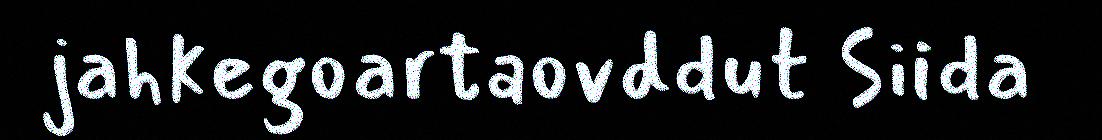
jahkegoartaovddut Siida